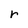
Character: r